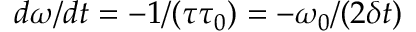
d \omega / d t = - 1 / { \left( \tau \tau _ { 0 } \right) } = - \omega _ { 0 } / { \left( 2 \delta t \right) }